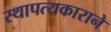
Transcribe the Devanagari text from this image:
स्थापत्यकाराने